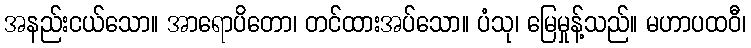
အနည်းငယ်သော။ အာရောပိတော၊ တင်ထားအပ်သော။ ပံသု၊ မြေမှုန့်သည်။ မဟာပထဝီ၊